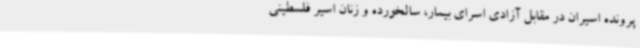
پرونده اسیران در مقابل آزادی اسرای بیمار، سالخورده و زنان اسیر فلسطینی